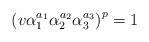
LaTeX: \begin{align*}\left(v\alpha_{1}^{a_{1}}\alpha_{2}^{ a_{2}}\alpha_{3}^{a_{3}}\right)^{p}=1 \end{align*}